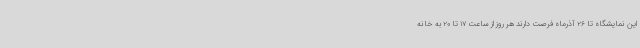
این نمایشگاه تا 26 آذرماه فرصت دارند هر روز از ساعت 17 تا 20 به خانه